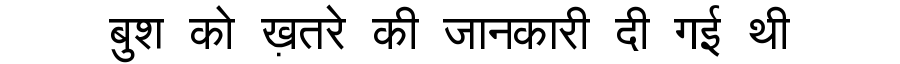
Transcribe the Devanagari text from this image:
बुश को ख़तरे की जानकारी दी गई थी